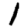
Digit: 1